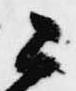
公